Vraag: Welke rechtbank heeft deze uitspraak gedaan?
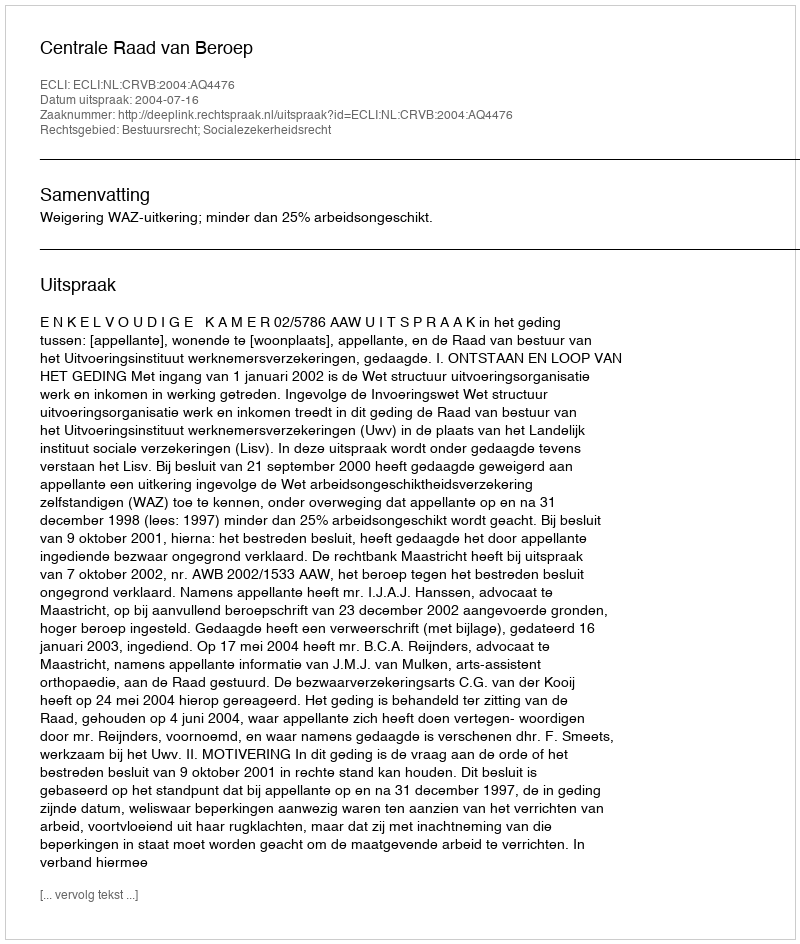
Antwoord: Centrale Raad van Beroep